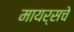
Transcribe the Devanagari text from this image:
मायर्सचे